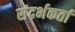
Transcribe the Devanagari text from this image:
संदर्भकर्ता